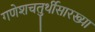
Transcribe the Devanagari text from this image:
गणेशचतुर्थीसारख्या